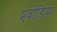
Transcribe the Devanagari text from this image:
एवोडिया